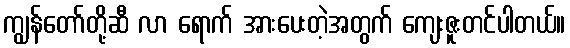
ကျွန်တော်တို့ဆီ လာ ရောက် အားပေးတဲ့အတွက် ကျေးဇူးတင်ပါတယ်။